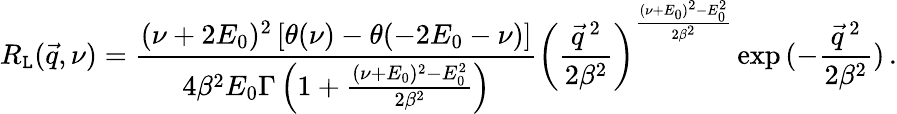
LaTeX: R_{\mathtt{L}}(\vec{{q}},\nu)=\frac{{(\nu+2E_{0})^{2}\left[\theta(\nu)-\theta(-2E_{0}-\nu)\right]}}{{4\beta^{2}E_{0}\Gamma\left(1+\frac{{(\nu+E_{0})^{2}-E_{0}^{2}}}{{2\beta^{2}}}\right)}}\left(\frac{{\vec{{q}}\, ^{2}}}{{2\beta^{2}}}\right)^{\frac{{(\nu+E_{0})^{2}-E_{0}^{2}}}{{2\beta^{2}}}}\exp{(-\frac{{\vec{{q}}\, ^{2}}}{{2\beta^{2}}})}\, .